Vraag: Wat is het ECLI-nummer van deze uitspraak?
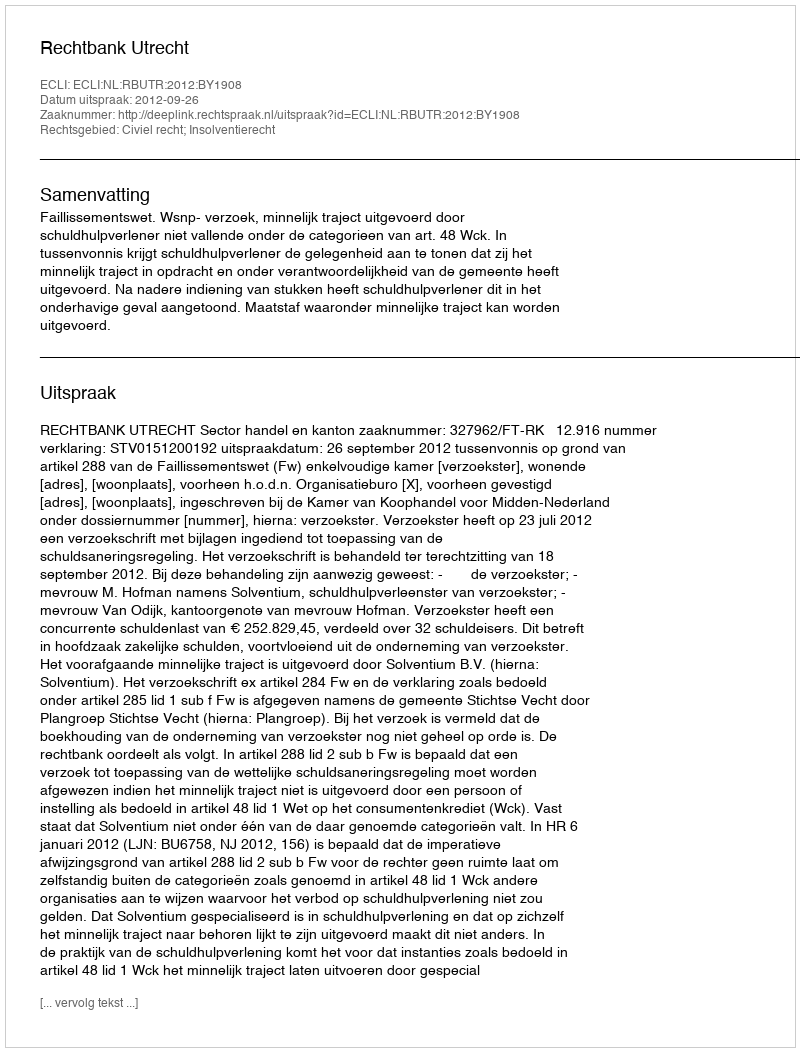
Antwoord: ECLI:NL:RBUTR:2012:BY1908